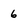
Character: 6